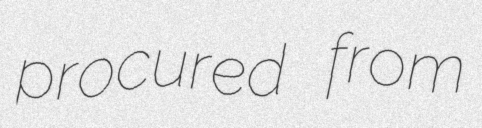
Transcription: procured from